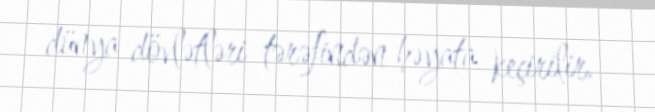
dünya dövlətləri tərəfindən həyata keçirilir.